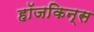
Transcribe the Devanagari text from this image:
हॉजकिन्स